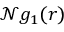
\mathcal { N } g _ { 1 } ( r )